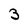
Character: 3